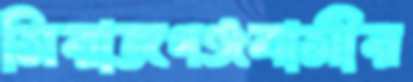
সিরাজগঞ্জবাসীর